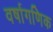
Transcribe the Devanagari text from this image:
वर्षागणिक